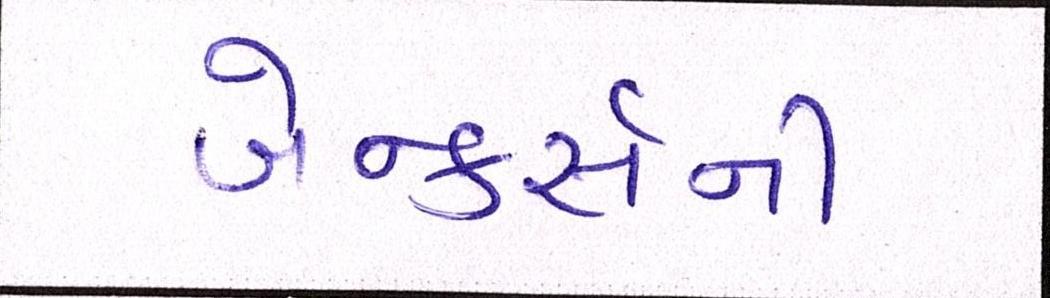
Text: બેન્કર્સની